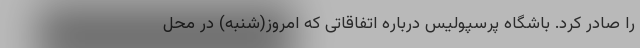
را صادر کرد. باشگاه پرسپولیس درباره اتفاقاتی که امروز(شنبه) در محل